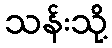
သန်းသို့